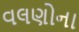
વલણોના